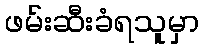
ဖမ်းဆီးခံရသူမှာ